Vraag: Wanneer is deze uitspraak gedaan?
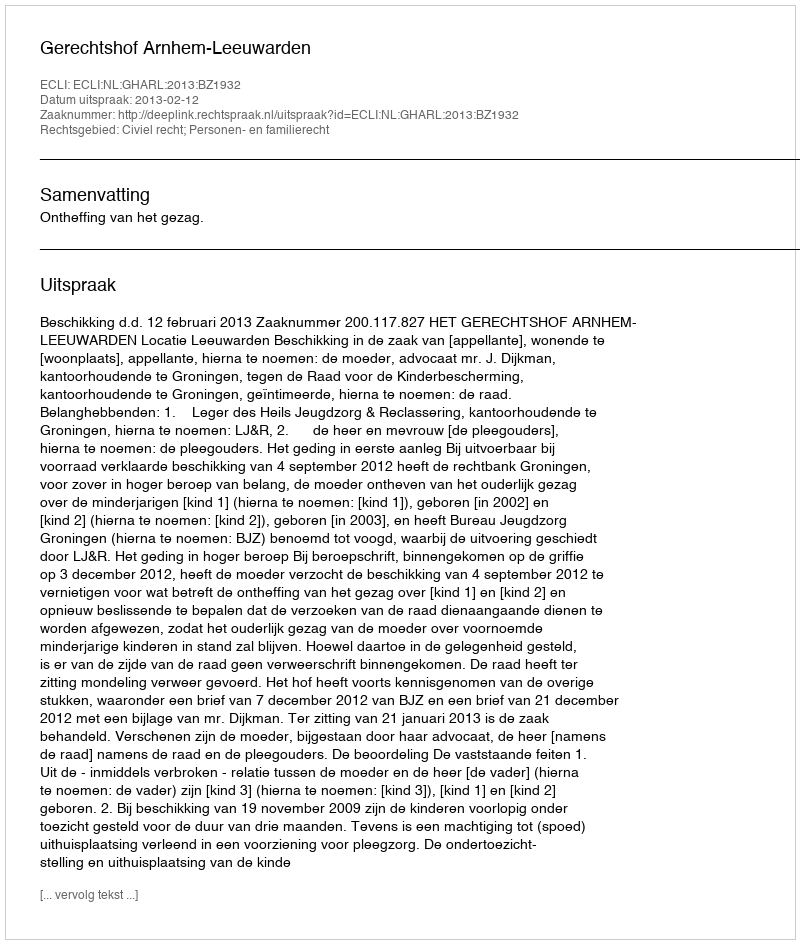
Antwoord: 2013-02-12